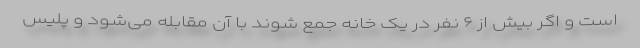
است و اگر بیش از ۶ نفر در یک خانه جمع شوند با آن مقابله می‌شود و پلیس